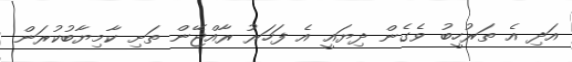
އަދި އެ ތަރުހީބު ވެގެން ދިޔައީ އެ ފަހަރު ރާއްޖޭން ތަށި ކާމިޔާބުކުރަން